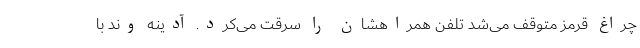
چراغ قرمز متوقف می‌شد تلفن همراهشان را سرقت می‌کرد. آدینه ‌وند با